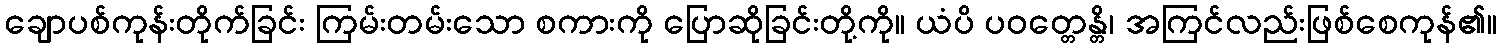
ချောပစ်ကုန်းတိုက်ခြင်း ကြမ်းတမ်းသော စကားကို ပြောဆိုခြင်းတို့ကို။ ယံပိ ပဝတ္တေန္တိ၊ အကြင်လည်းဖြစ်စေကုန်၏။